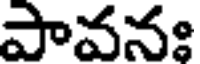
పావనః